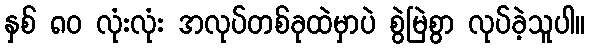
နှစ် ၈၀ လုံးလုံး အလုပ်တစ်ခုထဲမှာပဲ စွဲမြဲစွာ လုပ်ခဲ့သူပါ။